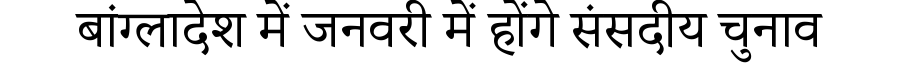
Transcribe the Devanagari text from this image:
बांग्लादेश में जनवरी में होंगे संसदीय चुनाव